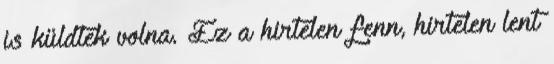
is küldtek volna. Ez a hirtelen fenn, hirtelen lent